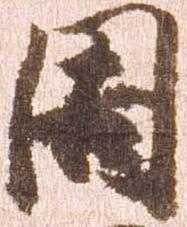
周